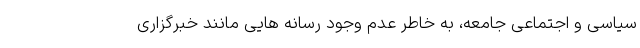
سیاسی و اجتماعی جامعه، به خاطر عدم وجود رسانه هایی مانند خبرگزاری